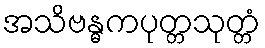
အသိဗန္ဓကပုတ္တသုတ္တံ